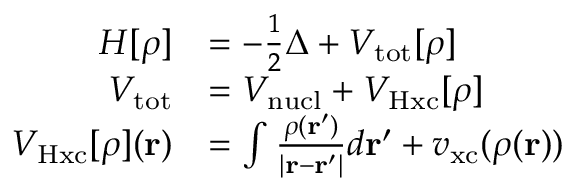
\begin{array} { r l } { H [ \rho ] } & { = - \frac 1 2 \Delta + V _ { \mathrm { t o t } } [ \rho ] } \\ { V _ { \mathrm { t o t } } } & { = V _ { \mathrm { n u c l } } + V _ { \mathrm { H x c } } [ \rho ] } \\ { V _ { \mathrm { H x c } } [ \rho ] ( \mathbf r ) } & { = \int \frac { \rho ( \mathbf r ^ { \prime } ) } { | \mathbf r - \mathbf r ^ { \prime } | } d \mathbf r ^ { \prime } + v _ { \mathrm { x c } } ( \rho ( \mathbf r ) ) } \end{array}